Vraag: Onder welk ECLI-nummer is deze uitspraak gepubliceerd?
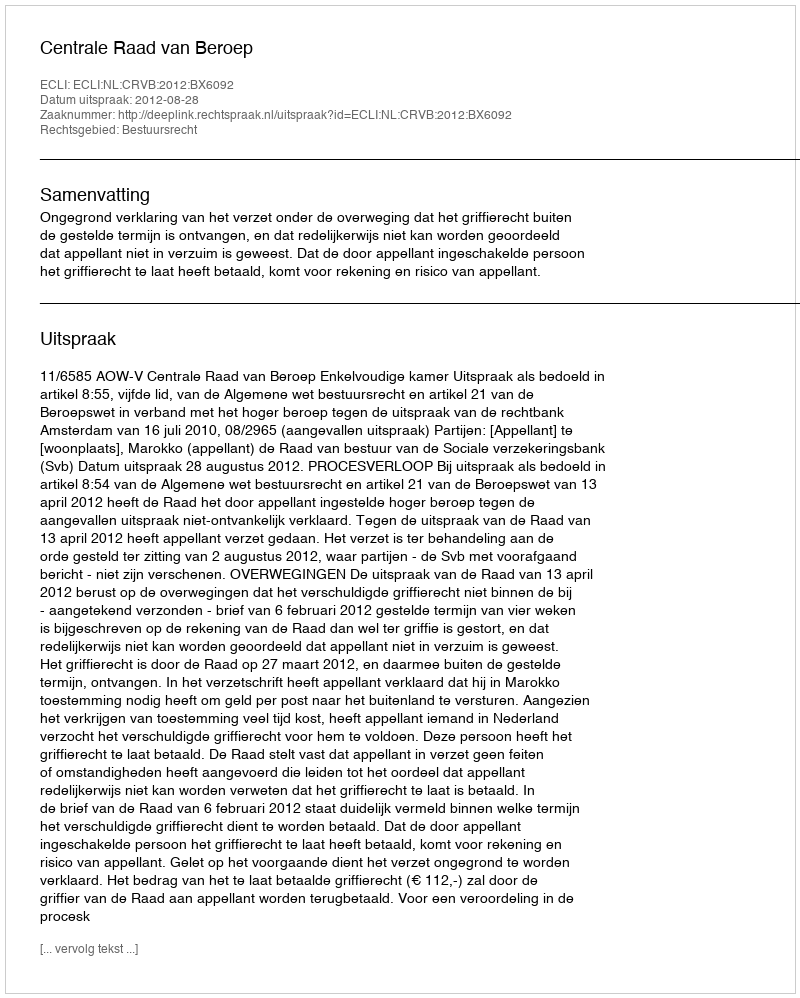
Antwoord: ECLI:NL:CRVB:2012:BX6092